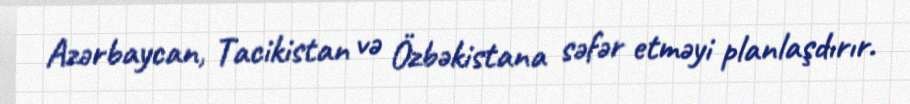
Azərbaycan, Tacikistan və Özbəkistana səfər etməyi planlaşdırır.